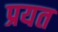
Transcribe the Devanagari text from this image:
प्रयत